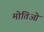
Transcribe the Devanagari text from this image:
मोतिओ